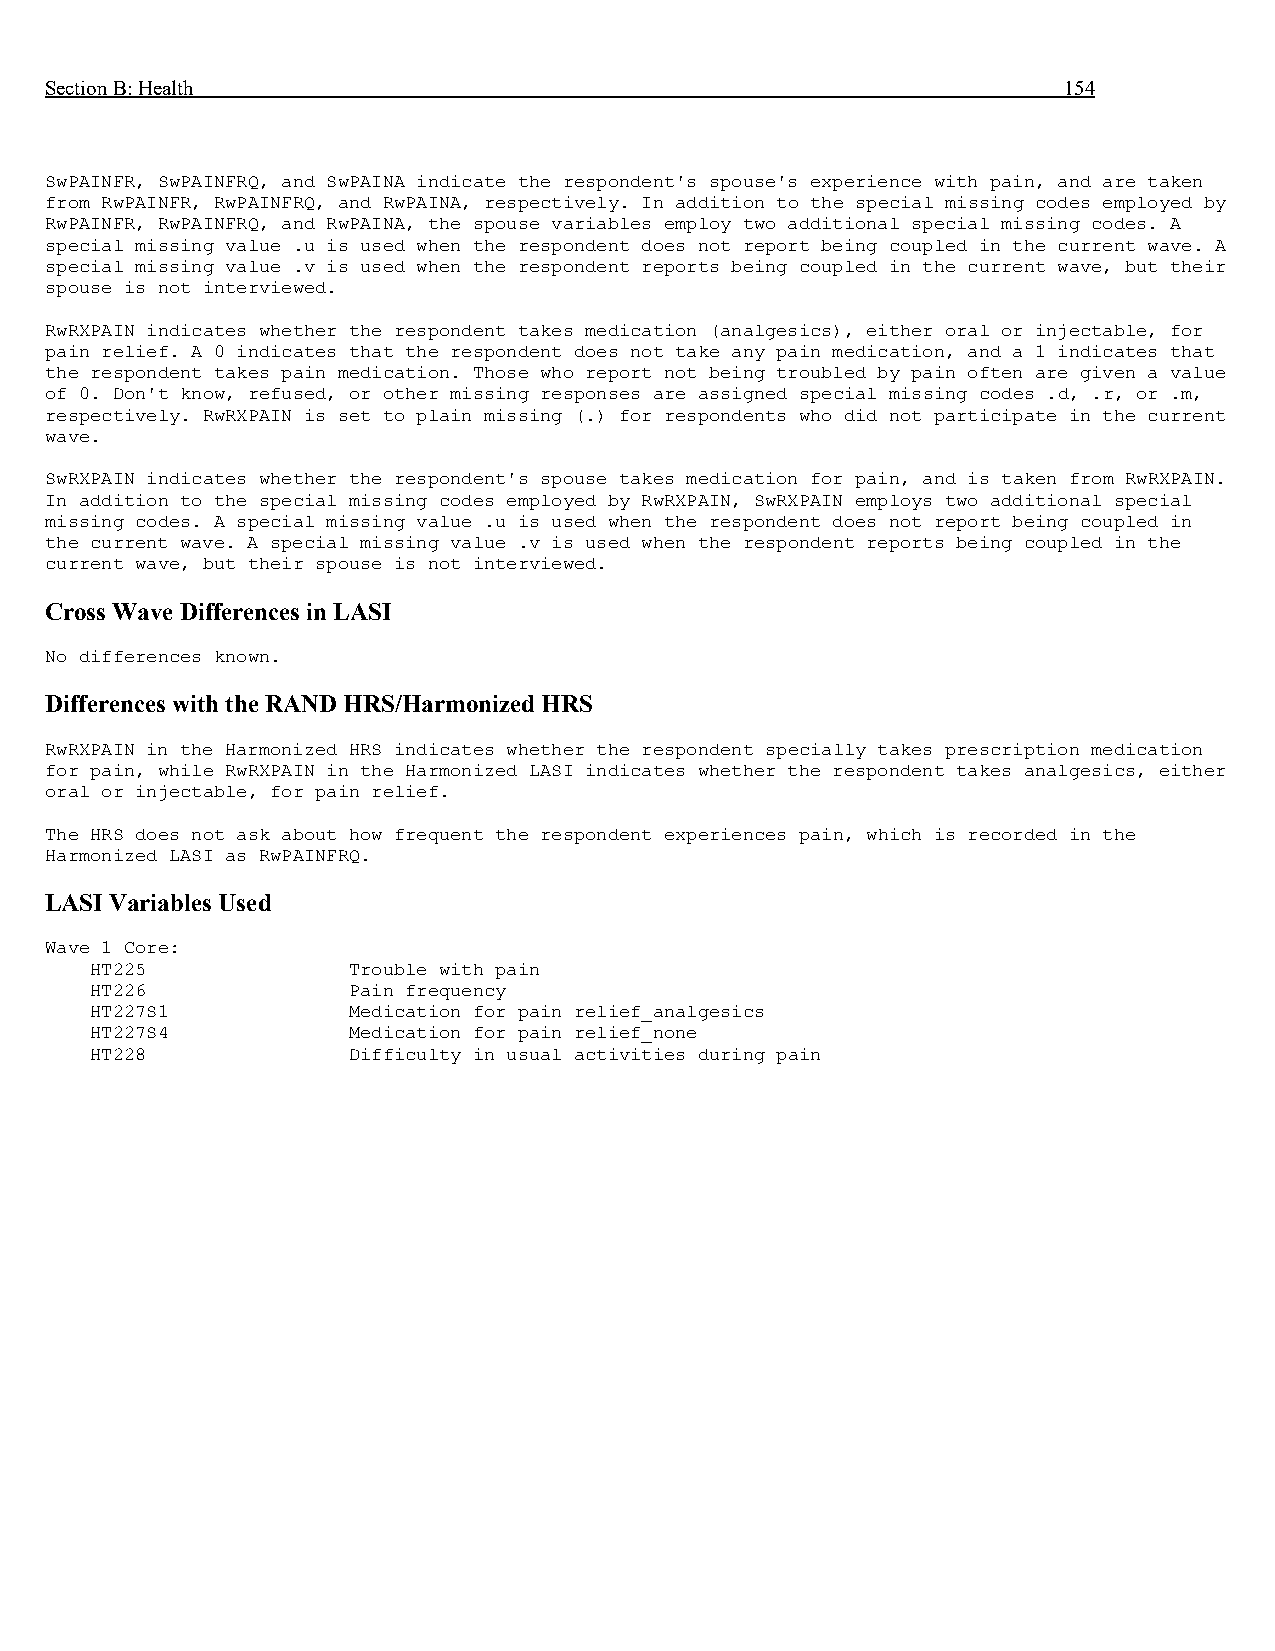
Section B: Health                                                  154
 SwPAINFR, SwPAINFRQ, and SwPAINA indicate the respondent's spouse's experience with pain, and are taken
 from RwPAINFR, RwPAINFRQ, and RwPAINA, respectively. In addition to the special missing codes employed by
 RwPAINFR, RwPAINFRQ, and RwPAINA, the spouse variables employ two additional special missing codes. A
 special missing value .u is used when the respondent does not report being coupled in the current wave. A
 special missing value .v is used when the respondent reports being coupled in the current wave, but their
 spouse is not interviewed.
 RwRXPAIN indicates whether the respondent takes medication (analgesics), either oral or injectable, for
 pain relief. A 0 indicates that the respondent does not take any pain medication, and a 1 indicates that
 the respondent takes pain medication. Those who report not being troubled by pain often are given a value
 of 0. Don't know, refused, or other missing responses are assigned special missing codes .d, .r, or .m,
 respectively. RwRXPAIN is set to plain missing (.) for respondents who did not participate in the current
 wave.
 SwRXPAIN indicates whether the respondent's spouse takes medication for pain, and is taken from RwRXPAIN.
 In addition to the special missing codes employed by RwRXPAIN, SwRXPAIN employs two additional special
 missing codes. A special missing value .u is used when the respondent does not report being coupled in
 the current wave. A special missing value .v is used when the respondent reports being coupled in the
 current wave, but their spouse is not interviewed.
 Cross Wave Differences in LASI
 No differences known.
 Differences with the RAND HRS/Harmonized HRS
 RwRXPAIN in the Harmonized HRS indicates whether the respondent specially takes prescription medication
 for pain, while RwRXPAIN in the Harmonized LASI indicates whether the respondent takes analgesics, either
 oral or injectable, for pain relief.
 The HRS does not ask about how frequent the respondent experiences pain, which is recorded in the
 Harmonized LASI as RwPAINFRQ.
 LASI Variables Used
 Wave 1 Core:
 HT225            Trouble with pain
 HT226            Pain frequency
 HT227S1          Medication for pain relief_analgesics
 HT227S4          Medication for pain relief_none
 HT228            Difficulty in usual activities during pain